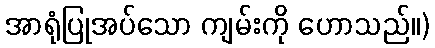
အာရုံပြုအပ်သော ကျမ်းကို ဟောသည်။)